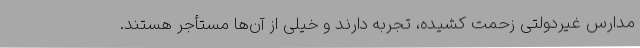
مدارس غیردولتی زحمت کشیده، تجربه دارند و خیلی از آن‌ها مستأجر هستند.